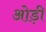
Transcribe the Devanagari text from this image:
ओड़ी